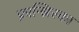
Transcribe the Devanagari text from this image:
फ्रान्झिस्का